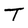
Character: T